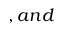
, a n d